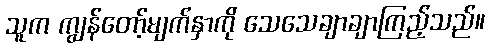
သူက ကျွန်တော့်မျက်နှာကို သေသေချာချာကြည့်သည်။